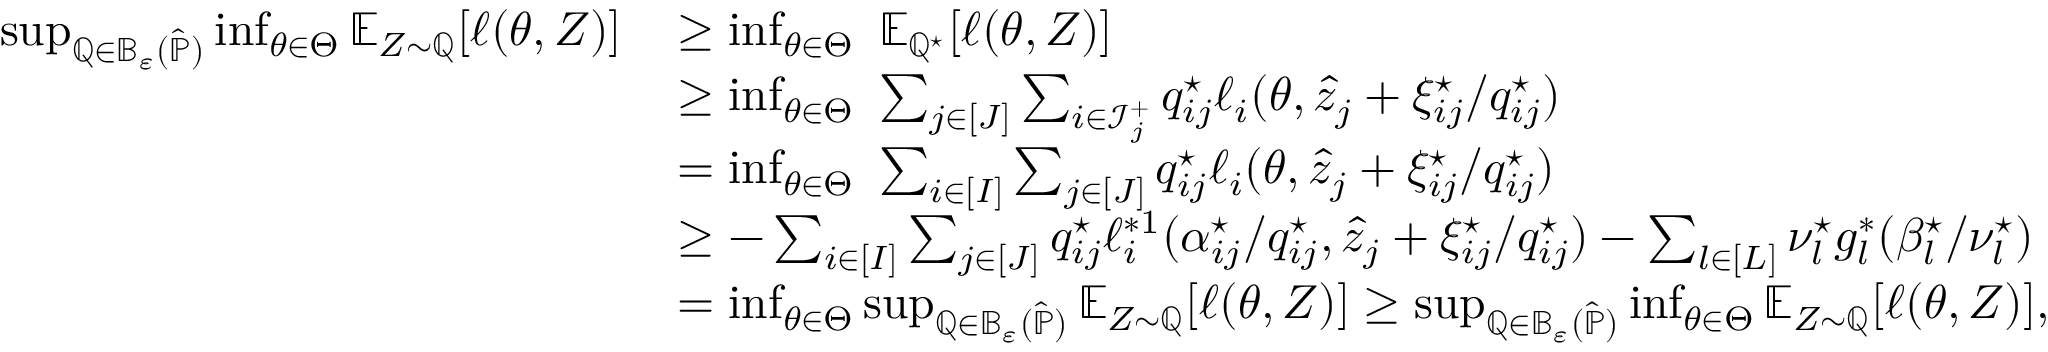
\begin{array} { r } { \begin{array} { r l } { \operatorname* { s u p } _ { \mathbb Q \in \mathbb B _ { \varepsilon } ( \widehat { \mathbb P } ) } \operatorname* { i n f } _ { \theta \in \Theta } \mathbb E _ { Z \sim \mathbb Q } [ \ell ( \theta , Z ) ] \, } & { \geq \operatorname* { i n f } _ { \theta \in \Theta } ~ \mathbb E _ { \mathbb Q ^ { \star } } [ \ell ( \theta , Z ) ] } \\ & { \geq \operatorname* { i n f } _ { \theta \in \Theta } ~ \sum _ { j \in [ J ] } \sum _ { i \in \mathcal I _ { j } ^ { + } } q _ { i j } ^ { \star } \ell _ { i } ( \theta , \widehat z _ { j } + \xi _ { i j } ^ { \star } / q _ { i j } ^ { \star } ) } \\ & { = \operatorname* { i n f } _ { \theta \in \Theta } ~ \sum _ { i \in [ I ] } \sum _ { j \in [ J ] } q _ { i j } ^ { \star } \ell _ { i } ( \theta , \widehat z _ { j } + \xi _ { i j } ^ { \star } / q _ { i j } ^ { \star } ) } \\ & { \geq - \sum _ { i \in [ I ] } \sum _ { j \in [ J ] } q _ { i j } ^ { \star } \ell _ { i } ^ { * 1 } ( \alpha _ { i j } ^ { \star } / q _ { i j } ^ { \star } , \widehat z _ { j } + \xi _ { i j } ^ { \star } / q _ { i j } ^ { \star } ) - \sum _ { l \in [ L ] } \nu _ { l } ^ { \star } g _ { l } ^ { * } ( \beta _ { l } ^ { \star } / \nu _ { l } ^ { \star } ) } \\ & { = \operatorname* { i n f } _ { \theta \in \Theta } \operatorname* { s u p } _ { \mathbb Q \in \mathbb B _ { \varepsilon } ( \widehat { \mathbb P } ) } \mathbb E _ { Z \sim \mathbb Q } [ \ell ( \theta , Z ) ] \geq \operatorname* { s u p } _ { \mathbb Q \in \mathbb B _ { \varepsilon } ( \widehat { \mathbb P } ) } \operatorname* { i n f } _ { \theta \in \Theta } \mathbb E _ { Z \sim \mathbb Q } [ \ell ( \theta , Z ) ] , } \end{array} } \end{array}